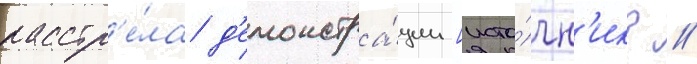
расстр'е́ла д'емонстра́ции [исто́чн'ик? //